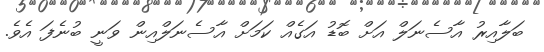
ބަލާއިރު އާސެނަލް އަށް ބޮޑު އަގެއް ކަމަށް އާސެނަލްއިން ވަނީ ބުނެފަ އެވެ.